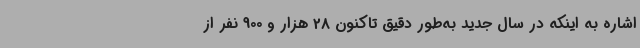
اشاره به اینکه در سال جدید به‌طور دقیق تاکنون 28 هزار و 900 نفر از